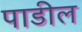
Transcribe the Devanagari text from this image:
पाडील